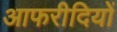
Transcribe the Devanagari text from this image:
आफरीदियों